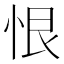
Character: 恨